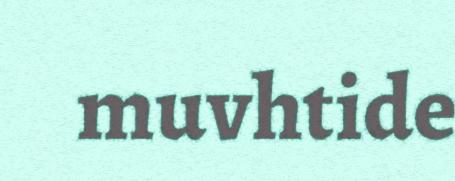
muvhtide